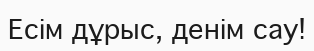
Есім дұрыс, денім сау!